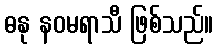
ဓနု နဝမရာသီ ဖြစ်သည်။